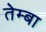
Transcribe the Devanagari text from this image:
तेम्बा